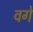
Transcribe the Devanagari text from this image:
वगे